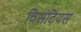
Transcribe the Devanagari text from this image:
विसंटियस